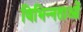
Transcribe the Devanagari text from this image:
विभिन्‍नताओं